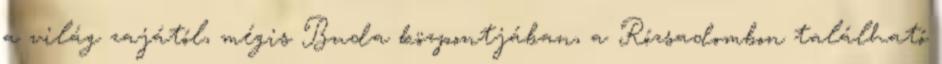
a világ zajától, mégis Buda központjában, a Rózsadombon található